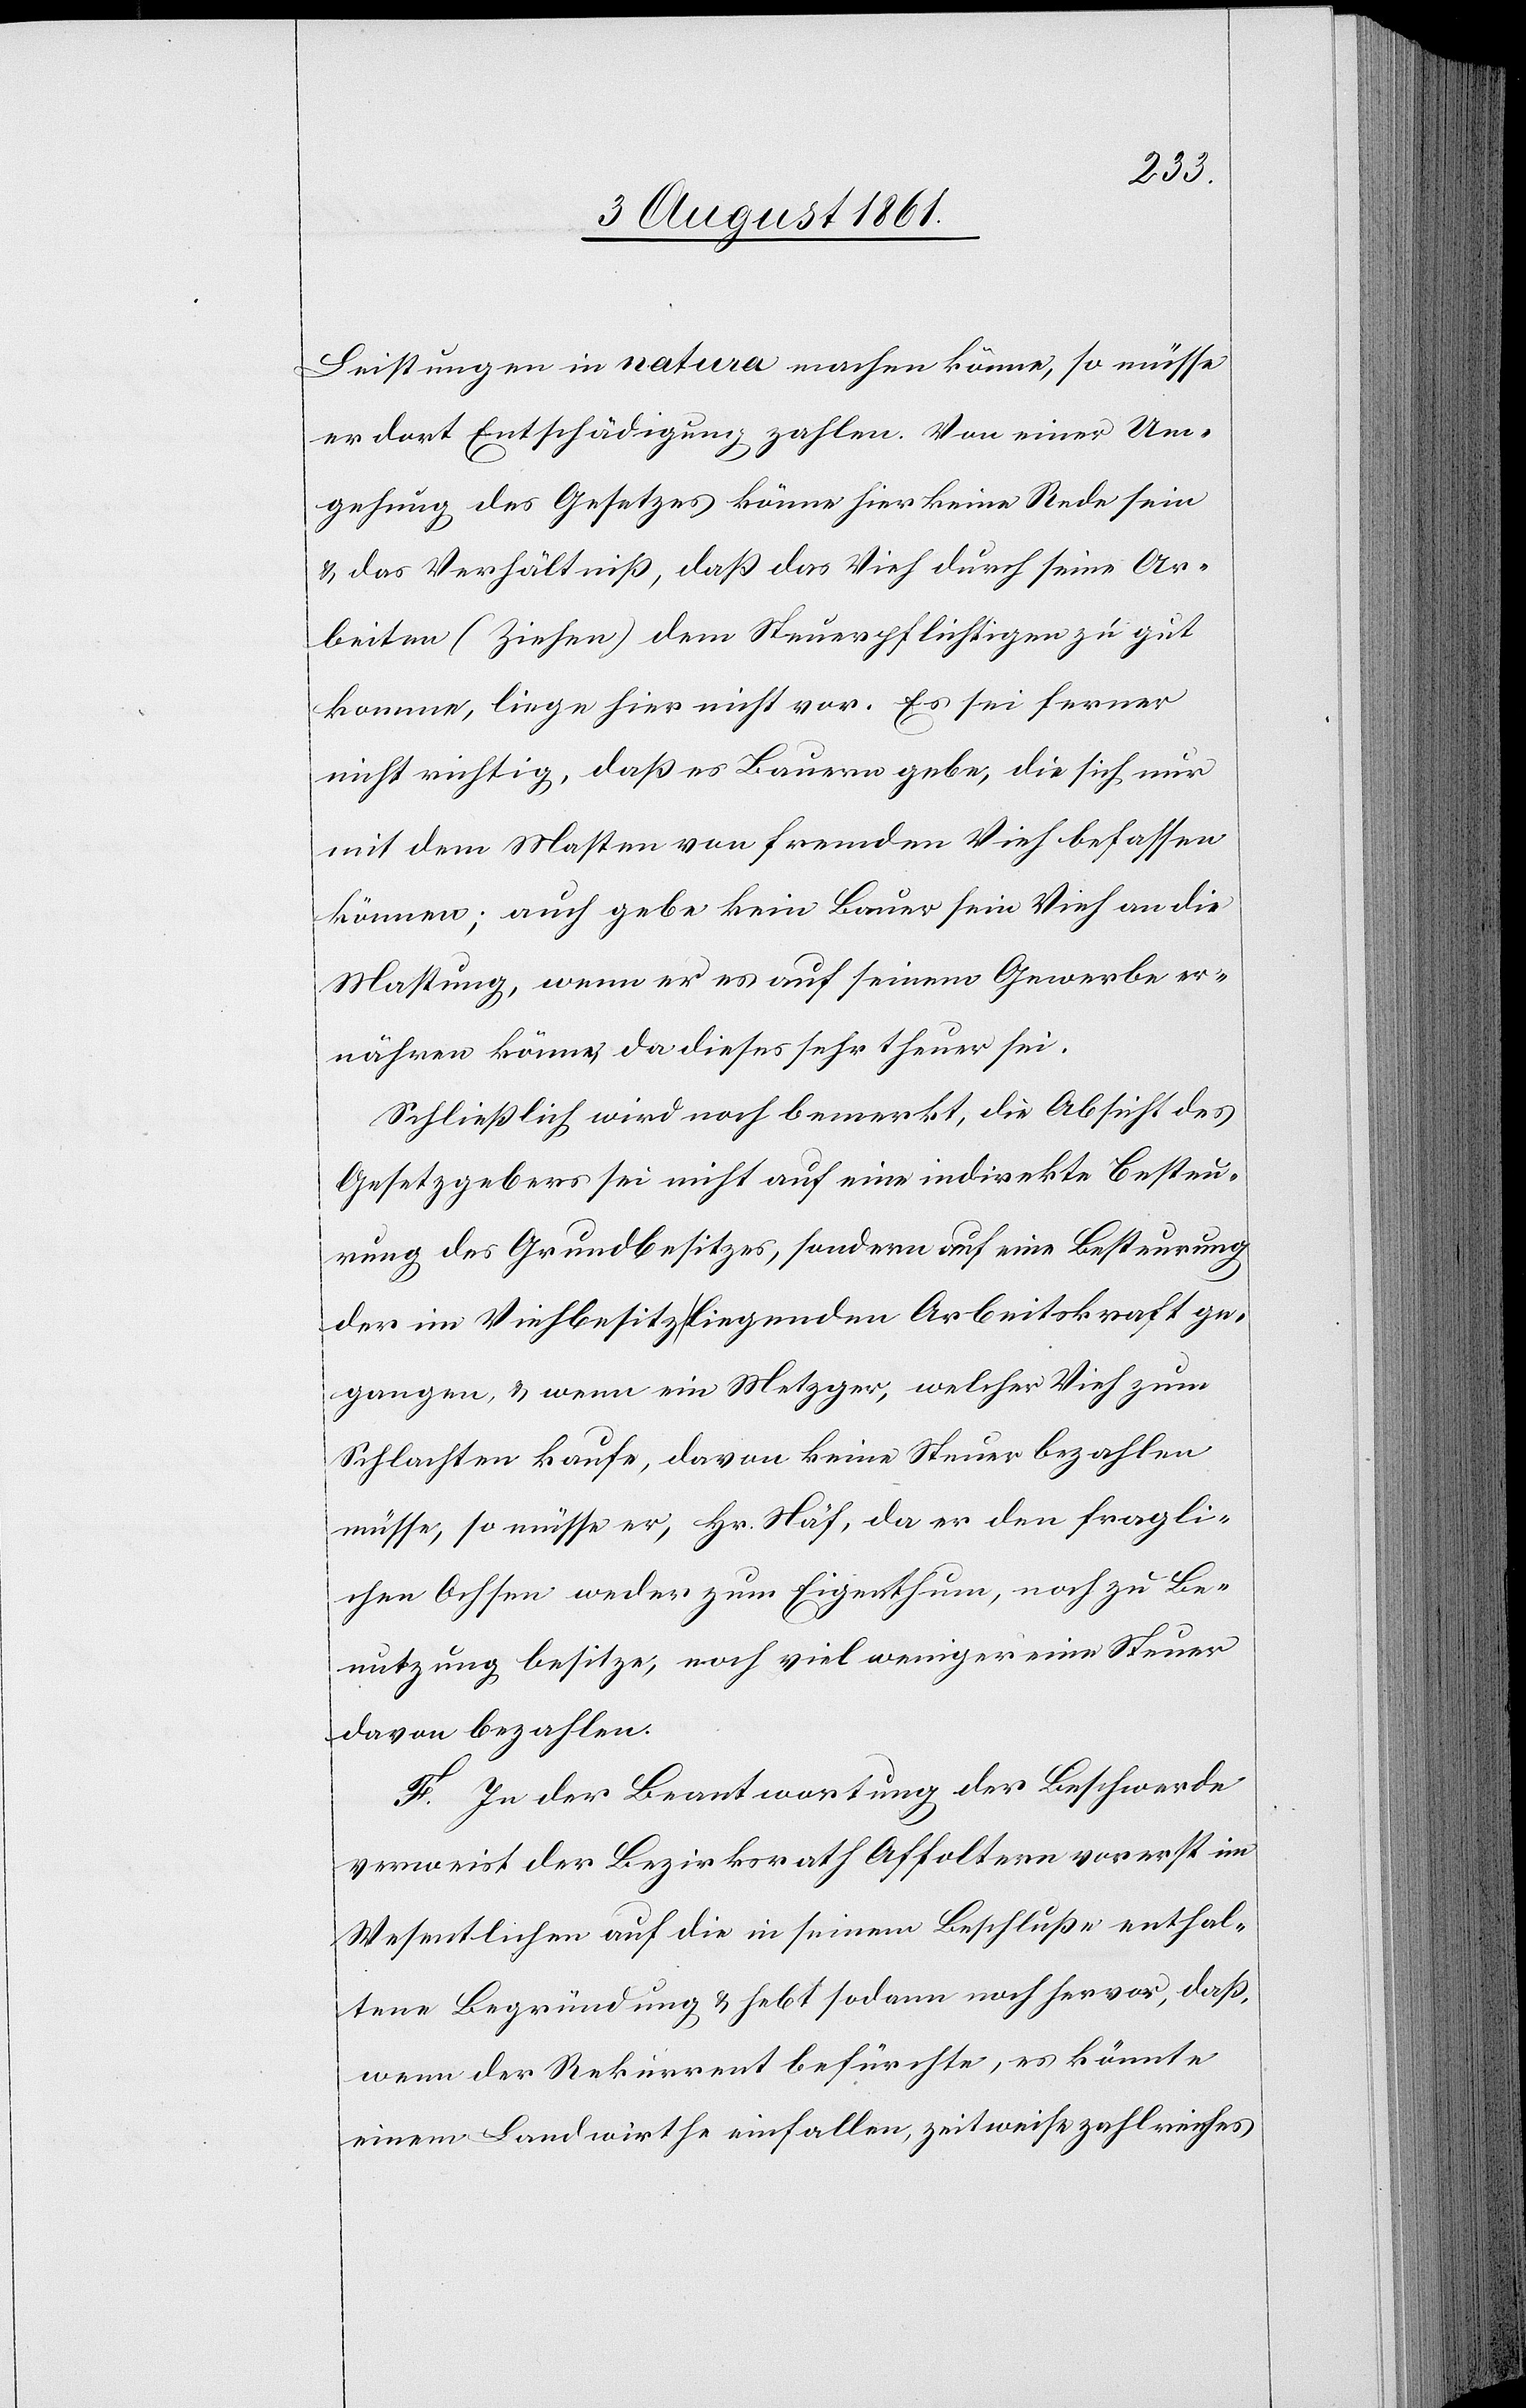
Leistungen in natura machen könne, so müsse
er dort Entschädigung zahlen. Von einer Um¬
gehung des Gesetzes könne hier keine Rede sein
u. das Verhältniß, daß das Vieh durch seine Ar¬
beiten (Ziehen) dem Steuerpflichtigen zu gut
komme, liege hier nicht vor. Es sei ferner
nicht richtig, daß es Bauern gebe, die sich nur
mit dem Masten von fremdem Vieh befassen
können; auch gebe kein Bauer sein Vieh an die
Mastung, wenn er es auf seinem Gewerbe er¬
nähren könne, da dieses sehr theuer sei.
Schließlich wird noch bemerkt, die Absicht des
Gesetzgebers sei nicht auf eine indirekte Besteue¬
rung des Grundbesitzers, sondern auf eine Besteuerung
der im Viehbesitz liegenden Arbeitskraft ge¬
gangen, u. wenn ein Metzger, welcher Vieh zum
Schlachten kaufe, davon keine Steuer bezahlen
müsse, so müsse er, Hr. Näf, da er den fragli¬
chen Ochsen weder zum Eigenthum, noch zu Be¬
nutzung besitze, noch viel weniger eine Steuer
davon bezahlen.
F. In der Beantwortung der Beschwerde
verweist der Bezirksrath Affoltern vorerst im
Wesentlichen auf die in seinem Beschluße enthal¬
tene Begründung u. hebt sodann noch hervor, daß,
wenn der Rekurrent befürchte, es könnte
einem Landwirthe einfallen, zeitweise zahlreiches